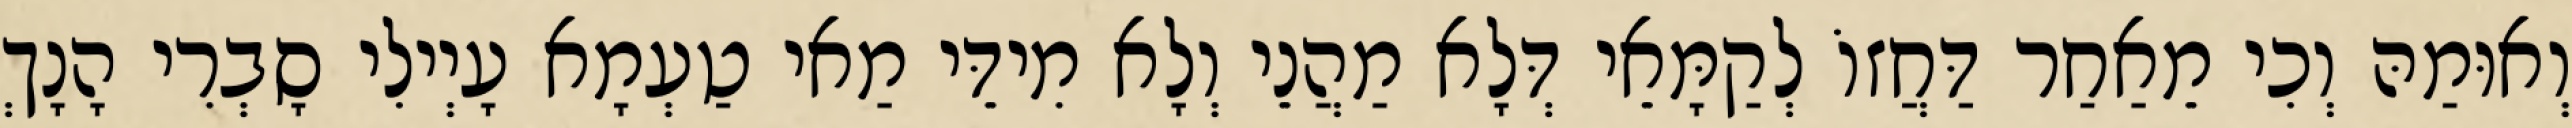
וְאוּמַהּ וְכִי מֵאַחַר דַּחֲזוֹ לְקַמָּאֵי דְּלָא מַהֲנֵי וְלָא מִידֵּי מַאי טַעְמָא עָיְילִי סָבְרִי הָנָךְ